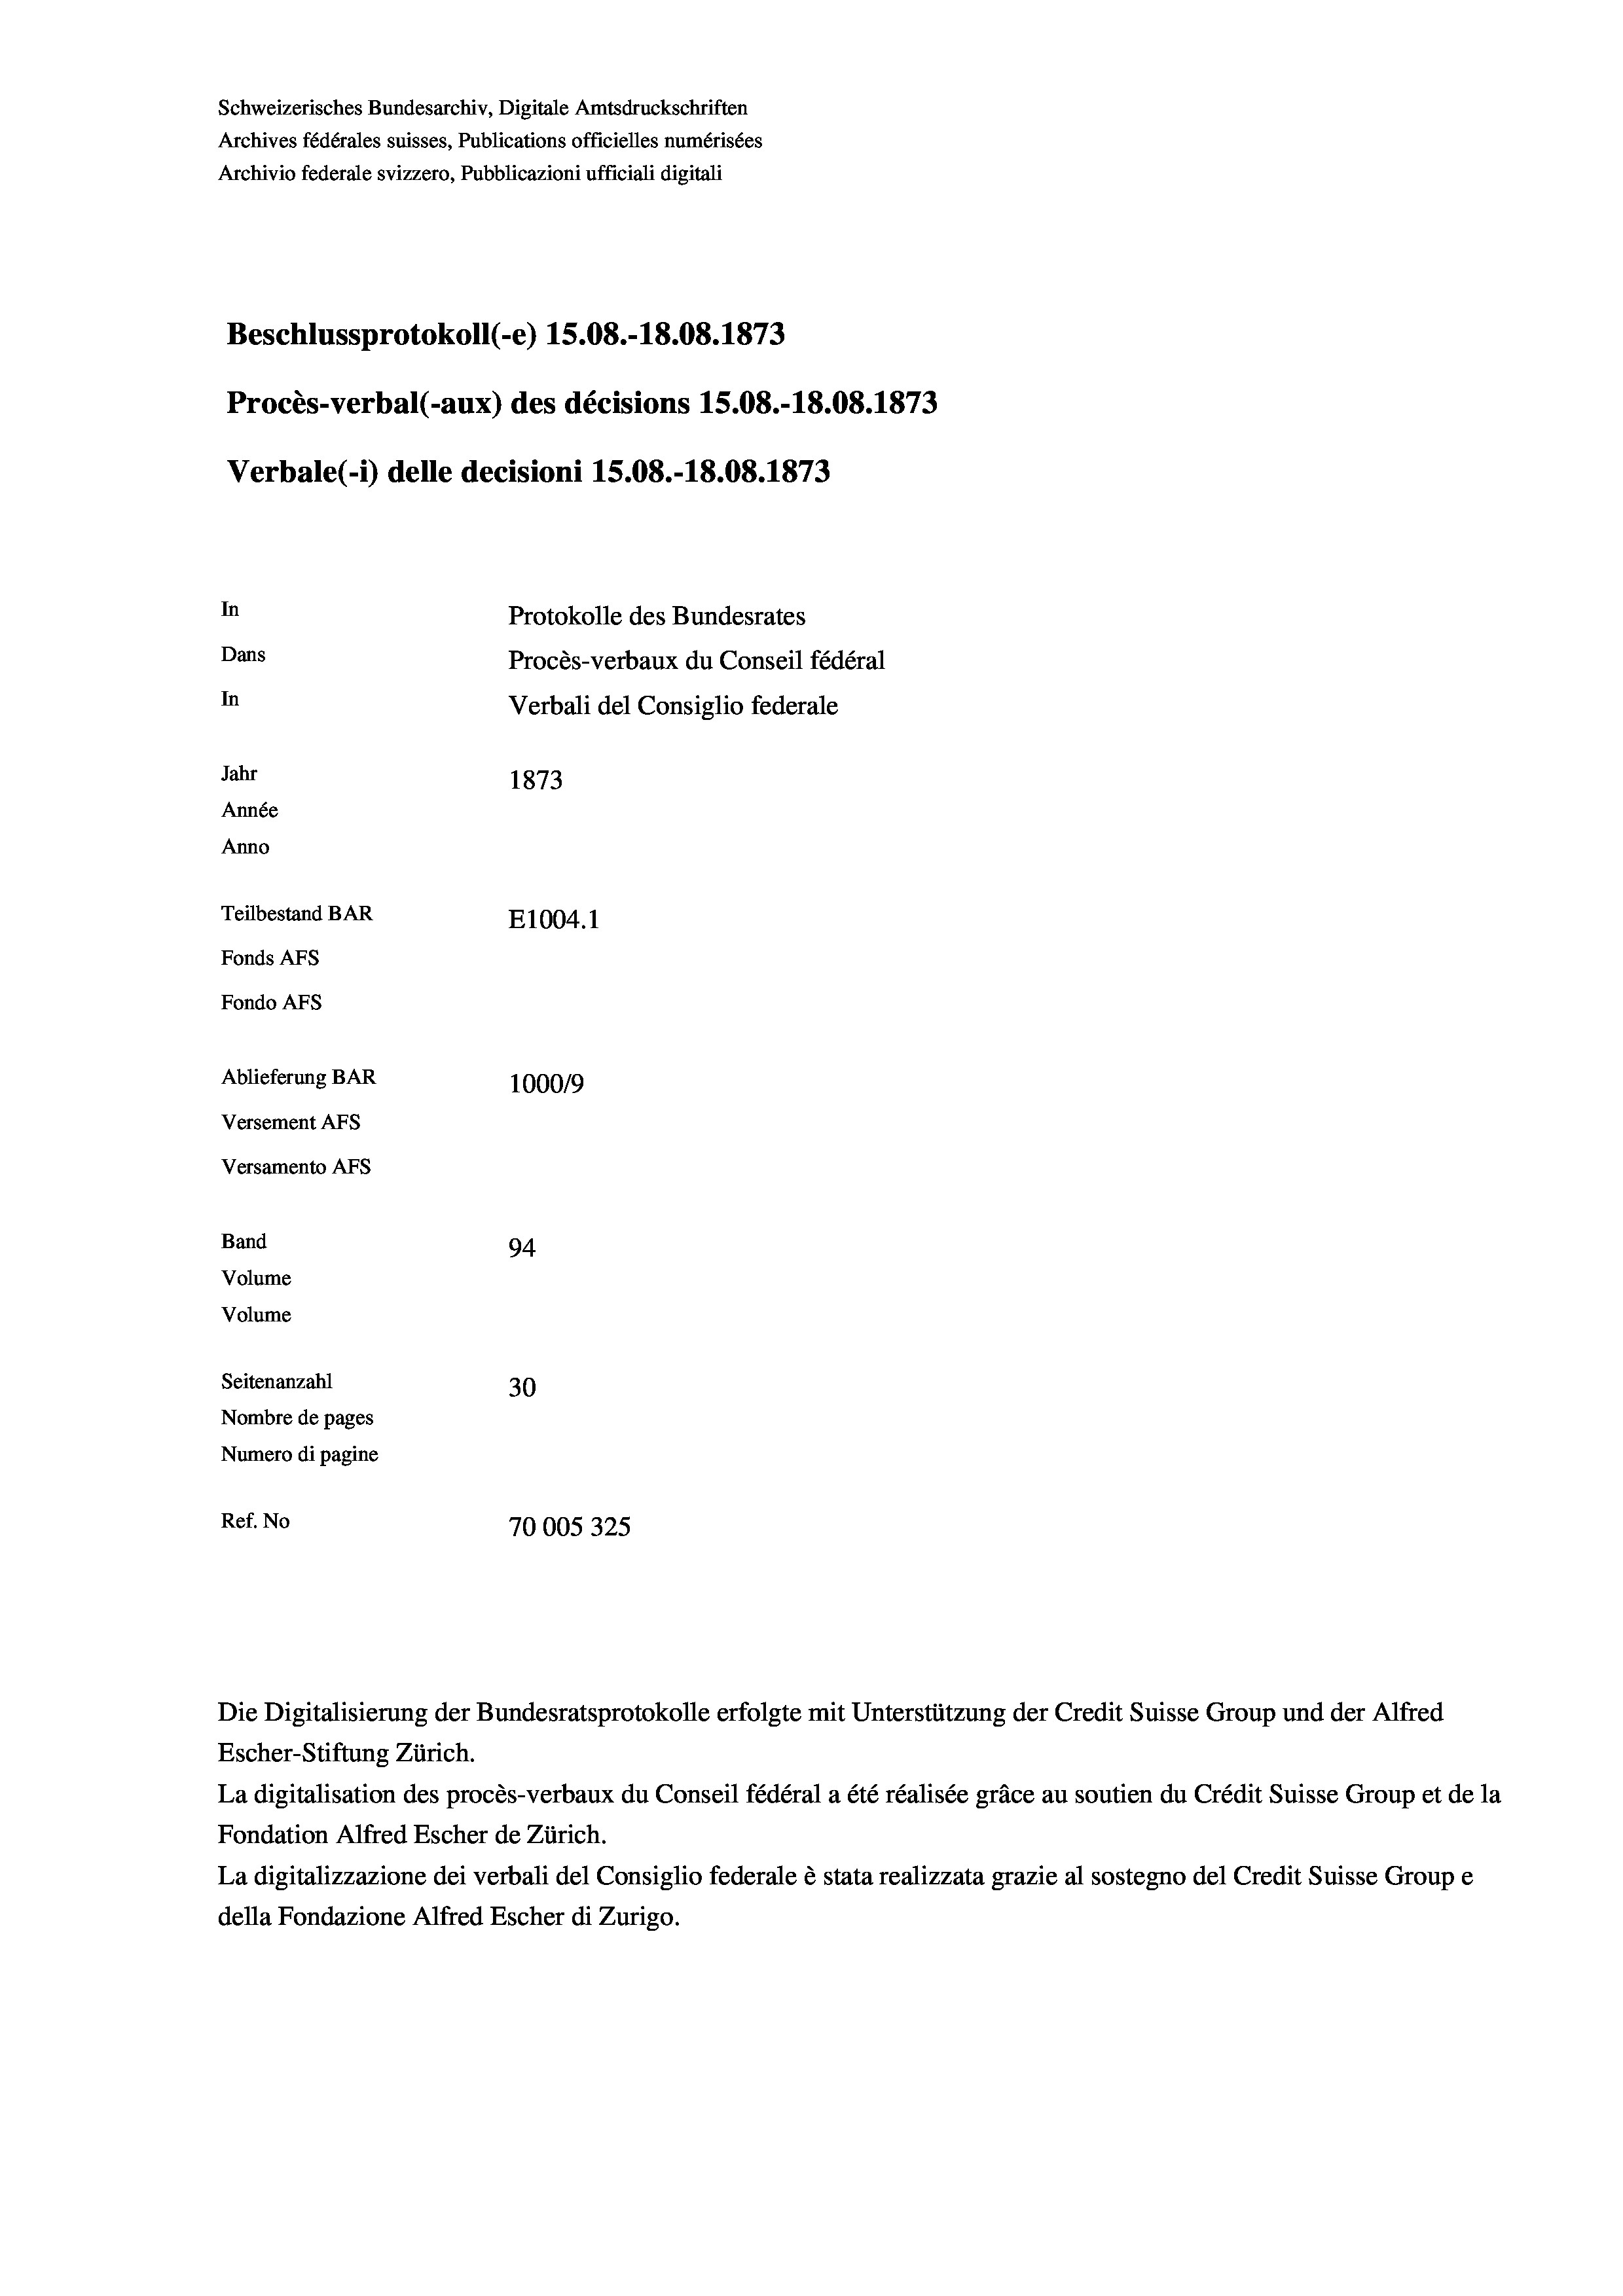
Schweizerisches Bundesarchiv, Digitale Amtsdruckschriften
Archives fédérales suisses, Publications officielles numérisées
Archivio federale svizzero, Pubblicazioni ufficiali digitali
Beschlussprotokoll (-e) 15.08.-18.08. 1873
Procès-verbal (-aux) des décisions 15.08.-18.08. 1873
Verbale(-*) delle decisioni 15.08.-18.08. 1873
In
Protokolle des Bundesrates
Dans
Procès-verbaux du Conseil fédéral
In
Verbali del Consiglio federale
Jahr
1873
Année
Anno
Teilbestand BAR
E1004. 1
Fonds AFs
Fondo Afs
Ablieferung BAR
100019
Versement AFs
Versamento Afs
Band
94
Volume
Volume

Seitenanzahl
30
Nombre de pages
Numero di pagine
Ref. No
70005325

Escher-Stiftung Zürich.
La digitalisation des procès-verbaux du Conseil fédéral a été réalisée gräce au soutien du Crédit Suisse Group et de la
Fondation Alfred Escher de Zürich.
La digitalizzazione dei verbali del Consiglio federale è stata realizzata grazie al sostegno del Credit Suisse Groupe
della Fondazione Alfred Escher di Zurigo.

Die Digitalisierung der Bundesratsprotokolle erfolgte mit Unterstützung der Credit Suisse Group und der Alfred